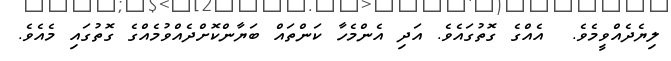
ލިޔެދެއްވީމެވެ.  އެއްގެ ގޮތުގައެވެ. އަދި އެންމެހާ ކަންތައް ބަޔާންކޮށްދެއްވުމެއްގެ ގޮތުގައި މެއެވެ.